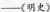
—《明史》